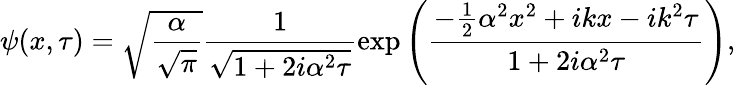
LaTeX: \psi(x,\tau)=\sqrt{\frac{\alpha}{\sqrt{\pi}}}\frac{1}{\sqrt{1+2i\alpha^{2}\tau}}\exp\left(\frac{-\frac{1}{2}\alpha^{2}x^{2}+ikx-ik^{2}\tau}{1+2i\alpha^{2}\tau}\right),